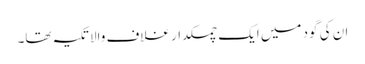
ان کی گود میں ایک چمکدار غلاف والا تکیہ تھا۔